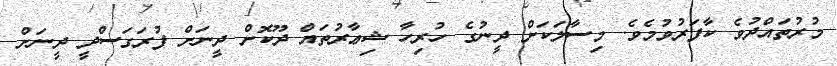
މުރުތައްދުވެ ކާފަރުވުމެވެ. މިސާލަކަށް ދީނުގެ ހުރިހާ ޝިޢާރުތައް ދޫކޮށް ދީނަށް ފުރަގަސްދީ ދީނަށް